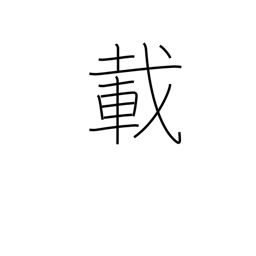
Meaning: 10**44